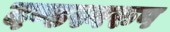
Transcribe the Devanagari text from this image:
दण्डस्वरुप